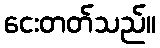
ငေးတတ်သည်။